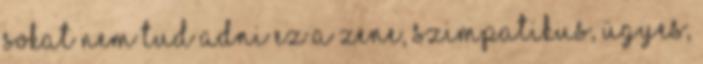
sokat nem tud adni ez a zene, szimpatikus, ügyes,